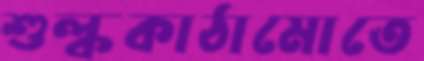
শুল্ককাঠামোতে